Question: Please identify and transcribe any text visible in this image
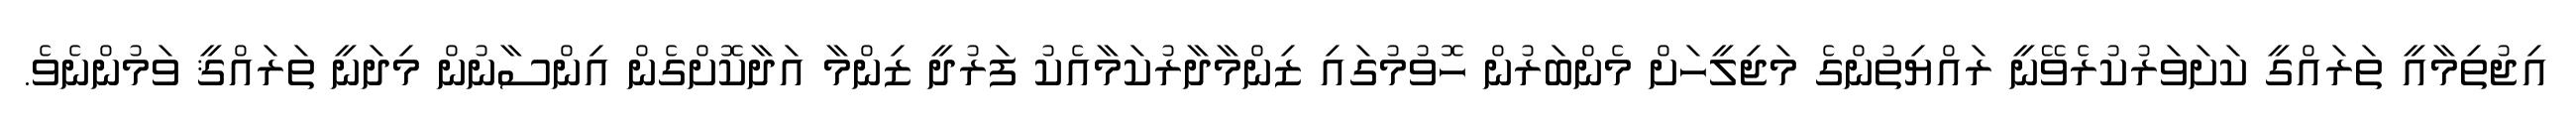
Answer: އިޖުތިމާއީ ތަރައްގީ ކަށަވަރުކުރެވޭނީ ރައްޔިތުންގެ މަޖިލީހަށް މެންބަރުން ހޮވުމުގައި ޒިންމާދާރުކަމާއެކު ފަރުދީ ޒިންމާ އަދާކޮށްގެން އިންސާނުން މިދަނީ ތަރައްޤީ ވަމުންނެވެ.